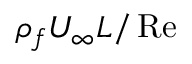
\rho _ { f } U _ { \infty } L / \operatorname { R e }